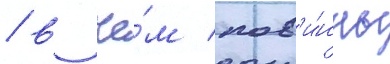
/ в че́м пов'и́нны